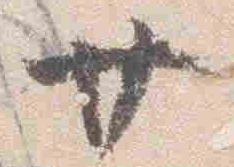
廿